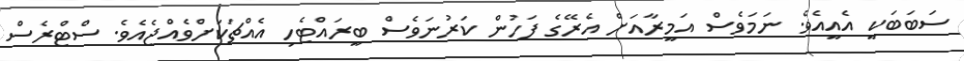
ސަބަބަކީ އެއީއެވެ. ނަމަވެސް އަމީރާއަށް އެރޭގެ ފަހުން ކަރުނަވެސް ބީރައްޓެހި އެއްޗަކަށްވެއްޖެއެވެ. ސްޓްރެސް